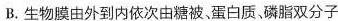
B.生物膜由外到内依次由糖被、蛋白质、磷脂双分子